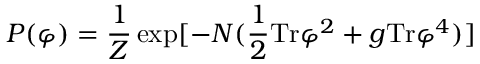
P ( \varphi ) = { \frac { 1 } { Z } } \exp [ - N ( { \frac { 1 } { 2 } } \mathrm { T r } \varphi ^ { 2 } + { g } \mathrm { T r } \varphi ^ { 4 } ) ]